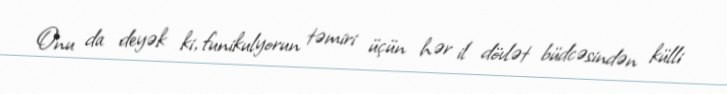
Onu da deyək ki, funikulyorun təmiri üçün hər il dövlət büdcəsindən külli